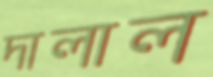
দালাল